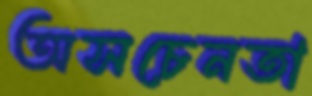
অসচেনতা